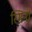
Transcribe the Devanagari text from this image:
स्मिर्ना